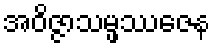
အဝိဇ္ဇာသမ္ဖဿဇေန